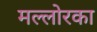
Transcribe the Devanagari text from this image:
मल्लोरका